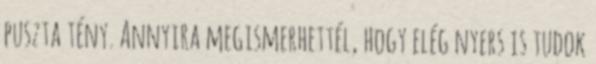
puszta tény. Annyira megismerhettél, hogy elég nyers is tudok